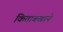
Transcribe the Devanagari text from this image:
किताबखाने